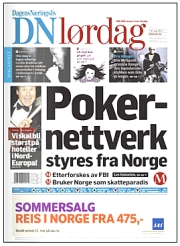
Language: no